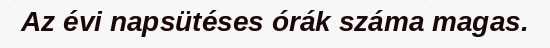
Az évi napsütéses órák száma magas.